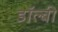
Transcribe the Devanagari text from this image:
डाॅल्बी